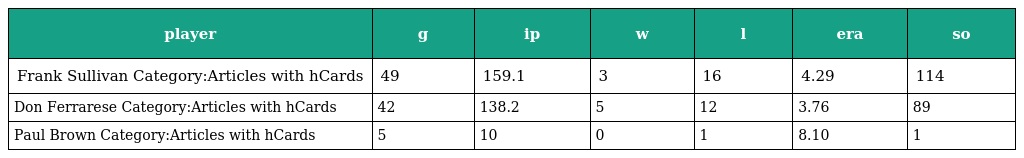
| player | g | ip | w | l | era | so |
 | --- | --- | --- | --- | --- | --- | --- |
 | Frank Sullivan Category:Articles with hCards | 49 | 159.1 | 3 | 16 | 4.29 | 114 |
 | Don Ferrarese Category:Articles with hCards | 42 | 138.2 | 5 | 12 | 3.76 | 89 |
 | Paul Brown Category:Articles with hCards | 5 | 10 | 0 | 1 | 8.10 | 1 |